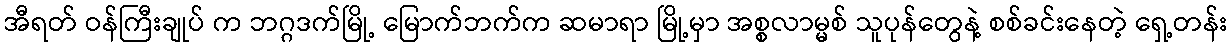
အီရတ် ဝန်ကြီးချုပ် က ဘဂ္ဂဒက်မြို့ မြောက်ဘက်က ဆမာရာ မြို့မှာ အစ္စလာမ္မစ် သူပုန်တွေနဲ့ စစ်ခင်းနေတဲ့ ရှေ့တန်း